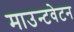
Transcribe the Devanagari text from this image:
माउन्टवेटन